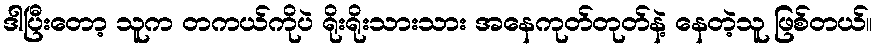
ဒါပြီးတော့ သူက တကယ်ကိုပဲ ရိုးရိုးသားသား အနေကုတ်တုတ်နဲ့ နေတဲ့သူ ဖြစ်တယ်။